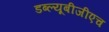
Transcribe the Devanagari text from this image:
डब्ल्यूबीजीएच